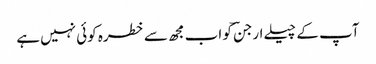
آپ کے چیلے ارجنؔ کو اب مجھ سے خطرہ کوئی نہیں ہے